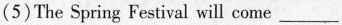
(5)The Spring Festival will come___